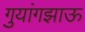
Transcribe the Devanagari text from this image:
गुयांगझाऊ